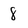
Character: 8